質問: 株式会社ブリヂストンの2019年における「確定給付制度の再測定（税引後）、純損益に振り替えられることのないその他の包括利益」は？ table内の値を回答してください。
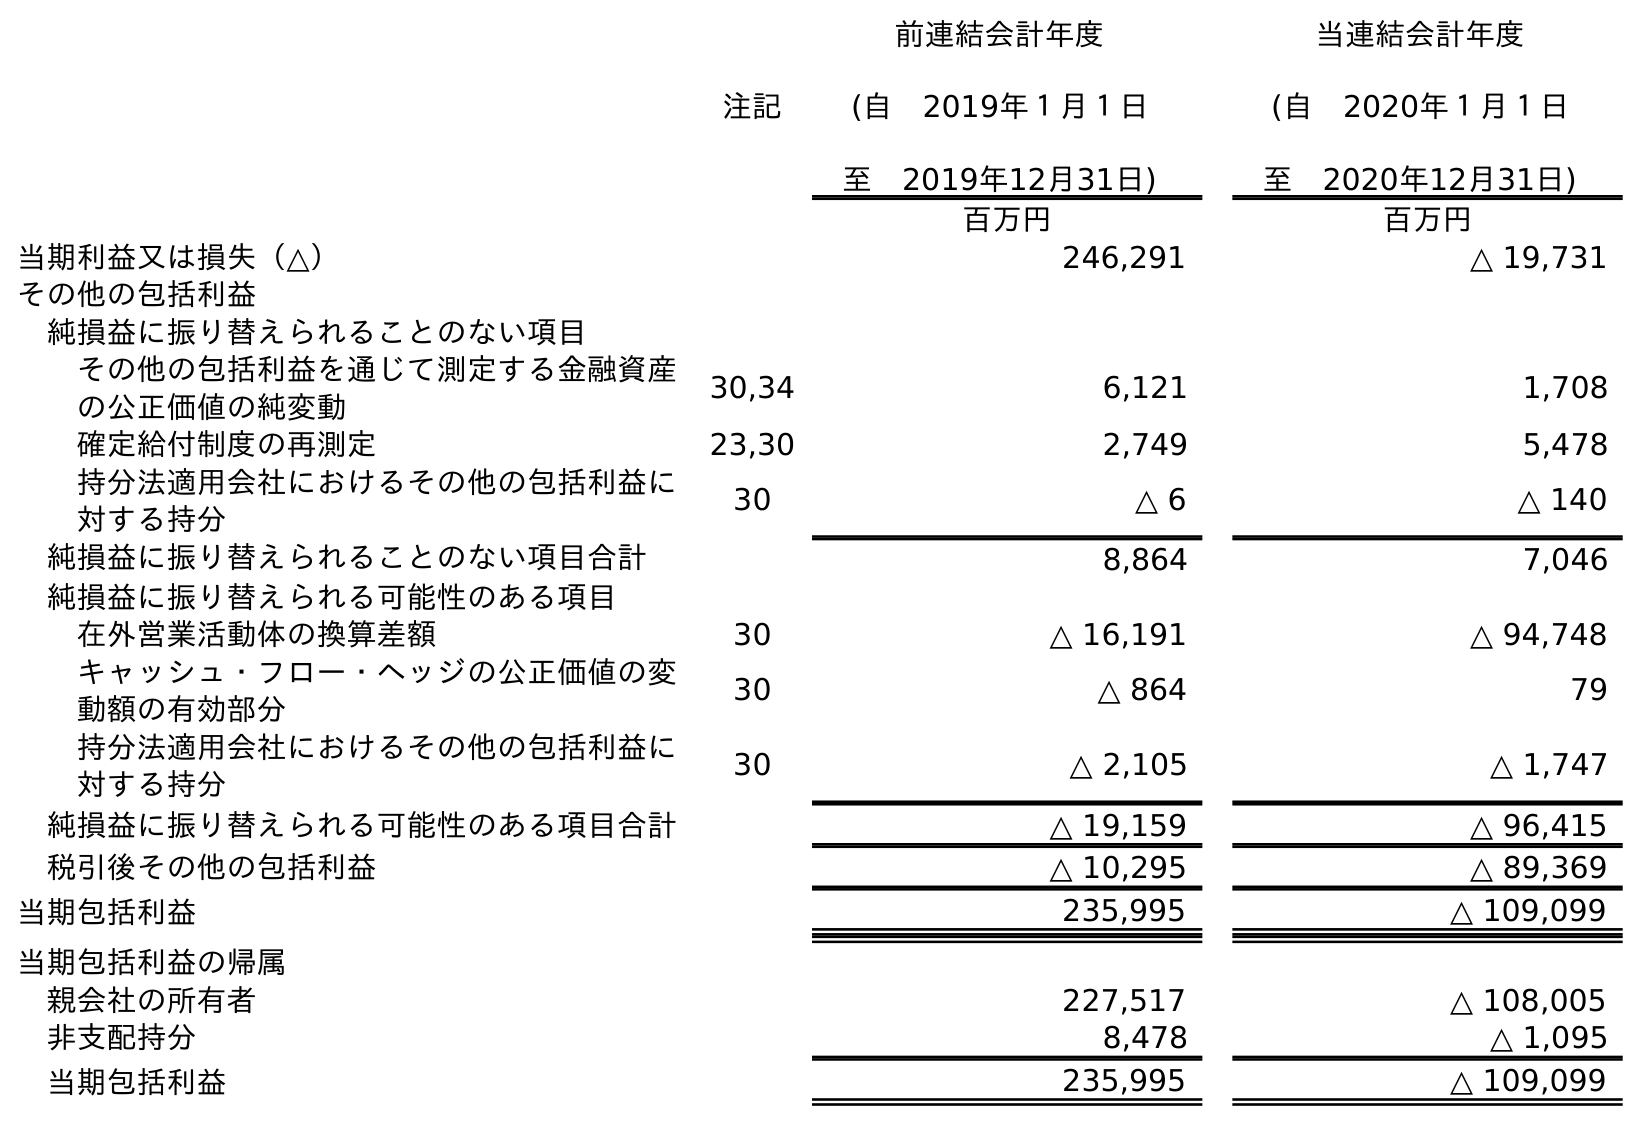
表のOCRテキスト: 注記 前連結会計年度 (自 2019年１月１日 至 2019年12月31日) 当連結会計年度 (自 2020年１月１日 至 2020年12月31日) 百万円 百万円 当期利益又は損失（△） 246,291 △ 19,731 その他の包括利益 純損益に振り替えられることのない項目 その他の包括利益を通じて測定する金融資産 の公正価値の純変動 30,34 6,121 1,708 確定給付制度の再測定 23,30 2,749 5,478 持分法適用会社におけるその他の包括利益に 対する持分 30 △ 6 △ 140 純損益に振り替えられることのない項目合計 8,864 7,046 純損益に振り替えられる可能性のある項目 在外営業活動体の換算差額 30 △ 16,191 △ 94,748 キャッシュ・フロー・ヘッジの公正価値の変 動額の有効部分 30 △ 864 79 持分法適用会社におけるその他の包括利益に 対する持分 30 △ 2,105 △ 1,747 純損益に振り替えられる可能性のある項目合計 △ 19,159 △ 96,415 税引後その他の包括利益 △ 10,295 △ 89,369 当期包括利益 235,995 △ 109,099 当期包括利益の帰属 親会社の所有者 227,517 △ 108,005 非支配持分 8,478 △ 1,095 当期包括利益 235,995 △ 109,099
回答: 2,749